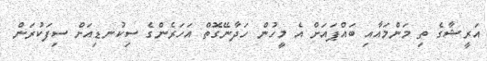
އަރީޝާގެ ތި މަންމައާއި ބައްޕައަށް އެ މީހުން ހަދާނޭގޮތް އަހަރެންގެ ސިކުނޑިއަށް ސިފަކުރަން